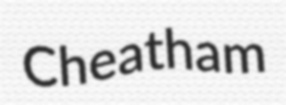
Cheatham